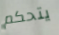
يتحكم